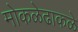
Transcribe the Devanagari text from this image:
मोकळेढाकळे